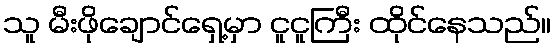
သူ မီးဖိုချောင်ရှေ့မှာ ငူငူကြီး ထိုင်နေသည်။